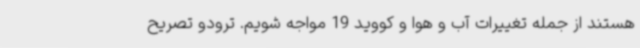
هستند از جمله تغییرات آب و هوا و کووید 19 مواجه شویم. ترودو تصریح